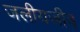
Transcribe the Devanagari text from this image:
जलीयजीव